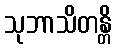
သုဘာသိတန္တိ